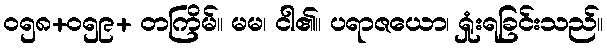
၀၅၈+၀၅၉+ တကြိမ်။ မမ၊ ငါ၏။ ပရာဇယော၊ ရှုံးရခြင်းသည်။